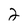
Character: 2